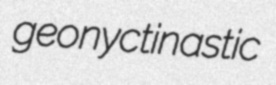
geonyctinastic